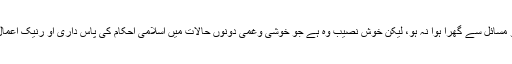
دنیا مصائب وآلام کا گھر ہے اور یہاں کوئی آدمی ایسا نہیں ہے جو مسائل سے گھرا ہوا نہ ہو، لیکن خوش نصیب وہ ہے جو خوشی وغمی دونوں حالات میں اسلامی احکام کی پاس داری او رنیک اعمال کا اہتمام کرے، زیر نظر کتاب میں اسی کی ترغیب دی گئی ہے۔